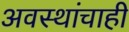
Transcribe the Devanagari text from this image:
अवस्थांचाही